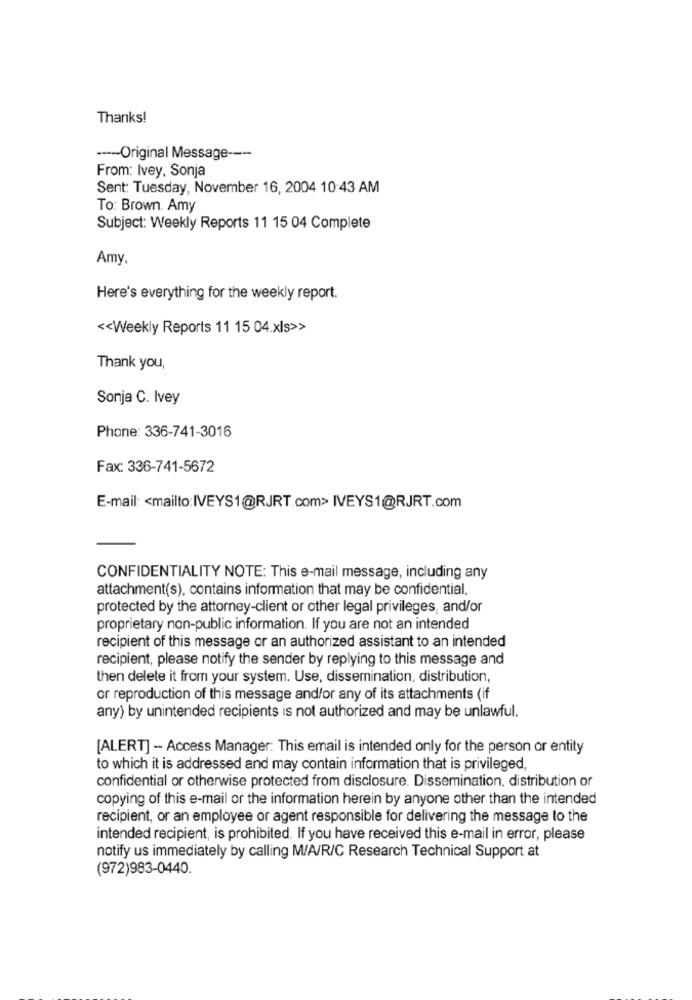
Thanks!
----- Original Message ----
From: Ivey, Sonja
Sent: Tuesday, November 16, 2004 10:43 AM
To: Brown. Amy
Subject: Weekly Reports 11 15 04 Complete
Amy.
Here's everything for the weekly report.
<< Weekly Reports 11 15 04.xls>>
Thank you,
Sonja C. Ivey
Phone: 336-741-3016
Fax: 336-741-5672
E-mail: < mailto:IVEYS1@RJRT.com> IVEYS1@RJRT.com
CONFIDENTIALITY NOTE: This e-mail message, including any
attachment(s), contains information that may be confidential.
protected by the attorney-client or other legal privileges, and/or
proprietary non-public information. If you are not an intended
recipient of this message or an authorized assistant to an intended
recipient, please notify the sender by replying to this message and
then delete it from your system. Use, dissemination, distribution,
or reproduction of this message and/or any of its attachments (if
any) by unintended recipients is not authorized and may be unlawful.
[ALERT] - Access Manager: This email is intended only for the person or entity
to which it is addressed and may contain information that is privileged,
confidential or otherwise protected from disclosure. Dissemination, distribution or
copying of this e-mail or the information herein by anyone other than the intended
recipient, or an employee or agent responsible for delivering the message to the
intended recipient, is prohibited. If you have received this e-mail in error, please
notify us immediately by calling M/A/R/C Research Technical Support at
(972)983-0440.